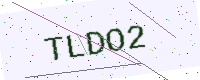
Text: TLDO2